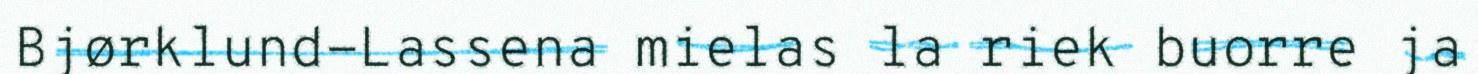
Bjørklund-Lassena mielas la riek buorre ja